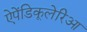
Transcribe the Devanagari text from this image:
ऐपेंडिकूलेरिआ